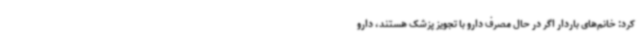
کرد: خانم‌های باردار اگر در حال مصرف دارو با تجویز پزشک هستند، دارو